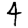
Digit: 4